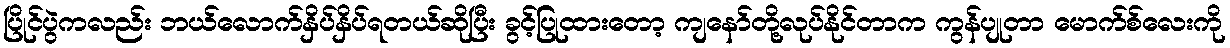
ပြိုင်ပွဲကလည်း ဘယ်လောက်နှိပ်နှိပ်ရတယ်ဆိုပြီး ခွင့်ပြုထားတော့ ကျနော်တို့လုပ်နိုင်တာက ကွန်ပျုတာ မောက်စ်လေးကို